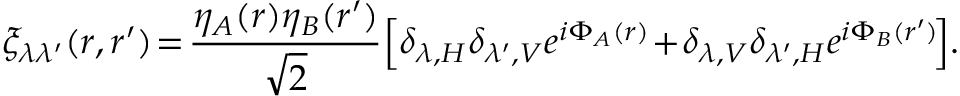
\! \! \xi _ { \lambda \lambda ^ { \prime } } ( \boldsymbol { r } , \boldsymbol { r } ^ { \prime } ) \! = \! \frac { \eta _ { A } ( \boldsymbol { r } ) \eta _ { B } ( \boldsymbol { r } ^ { \prime } ) } { \sqrt { 2 } } \! \left[ \delta _ { \lambda , H } \delta _ { \lambda ^ { \prime } , V } e ^ { i \Phi _ { A } ( \boldsymbol { r } ) } \! + \! \delta _ { \lambda , V } \delta _ { \lambda ^ { \prime } , H } e ^ { i \Phi _ { B } ( \boldsymbol { r } ^ { \prime } ) } \! \right] \! .